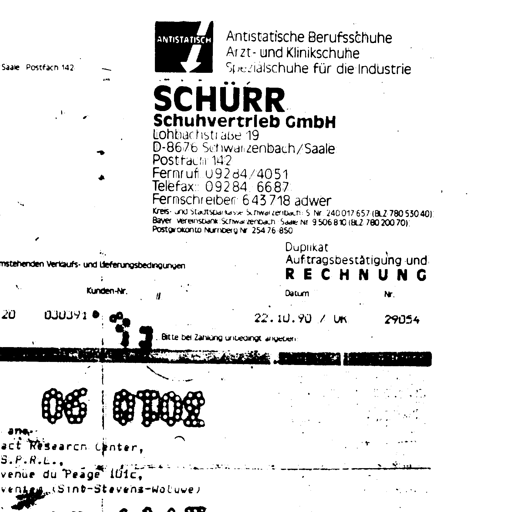
ANTISTATISCH Antistatische Berufsschuhe
Arzt- und Klinikschuhe
Spezialschuhe für die Industrie
Saale Postfach 142
SCHÜRR
Schuhvertrieb GmbH
Lohbachstraße 19
D-8676 Schwarzenbach/Saale
Postfach 142
Fernruf: 09284/4051
Telefax: 09284/6687
Fernschreiber: 643718 adwer
Kreis- und Stadtsparkasse Schwarzenbach/S. Nr. 240017657 (BLZ 780 530 40)
Bayer. Vereinsbank Schwarzenbach/Saale Nr. 9506810 (BLZ 780 200 70)
Postgirokonto Nürnberg Nr. 254 76-850
Duplikat
Auftragsbestätigung und
RECHNUNG
mstehenden Verkaufs- und Lieferungsbedingungen
Kunden-Nr. Datum Nr.
20 030391 22.10.90 / UK 29054
Bitte bei Zahlung unbedingt angeben
06 0108
ana..
act Research Center,
S.P.R.L.,
venue du Peage 101c,
vanten (Sint-Stevens-Woluwe)